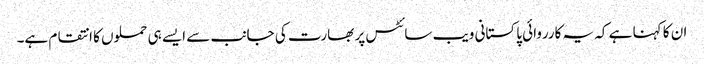
ان کا کہنا ہے کہ یہ کارروائی پاکستانی ویب سائٹس پر بھارت کی جانب سے ایسے ہی حملوں کا انتقام ہے۔